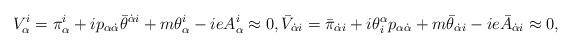
LaTeX: \begin{align*}{\displaystyle V^i_{\alpha}=\pi^i_{\alpha}+ip_{\alpha\dot\alpha}\bar\theta^{\dot\alpha i}+m\theta^i_{\alpha}-ieA^i_{\alpha}\approx0,\bar V_{\dot\alpha i}=\bar\pi_{\dot\alpha i}+i\theta^{\alpha}_ip_{\alpha\dot\alpha}+m\bar\theta_{\dot\alpha i}-ie\bar A_{\dot\alpha i}\approx0,}\end{align*}